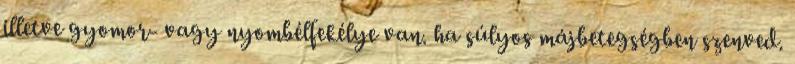
illetve gyomor- vagy nyombélfekélye van. ha súlyos májbetegségben szenved.